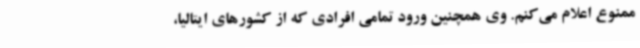
ممنوع اعلام می‌کنم. وی همچنین ورود تمامی افرادی که از کشورهای ایتالیا،